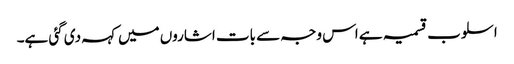
اسلوب قسمیہ ہے اس وجہ سے بات اشاروں میں کہہ دی گئی ہے۔